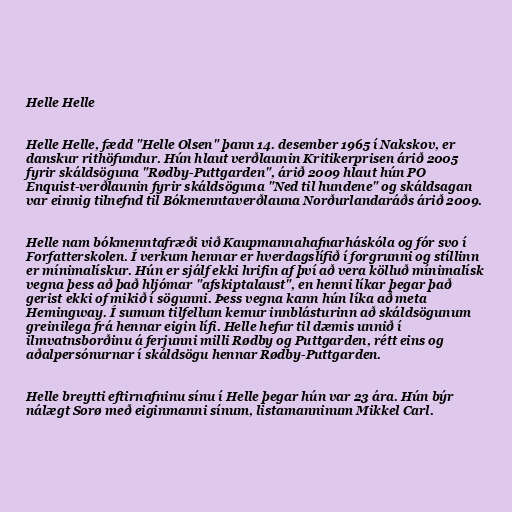
Helle Helle

Helle Helle, fædd "Helle Olsen" þann 14. desember 1965 í Nakskov, er
danskur rithöfundur. Hún hlaut verðlaunin Kritikerprisen árið 2005
fyrir skáldsöguna "Rødby-Puttgarden", árið 2009 hlaut hún PO
Enquist-verðlaunin fyrir skáldsöguna "Ned til hundene" og skáldsagan
var einnig tilnefnd til Bókmenntaverðlauna Norðurlandaráðs árið 2009.

Helle nam bókmenntafræði við Kaupmannahafnarháskóla og fór svo í
Forfatterskolen. Í verkum hennar er hverdagslífið í forgrunni og stíllinn
er mínimalískur. Hún er sjálf ekki hrifin af því að vera kölluð mínimalísk
vegna þess að það hljómar "afskiptalaust", en henni líkar þegar það
gerist ekki of mikið í sögunni. Þess vegna kann hún líka að meta
Hemingway. Í sumum tilfellum kemur innblásturinn að skáldsögunum
greinilega frá hennar eigin lífi. Helle hefur til dæmis unnið í
ilmvatnsborðinu á ferjunni milli Rødby og Puttgarden, rétt eins og
aðalpersónurnar í skáldsögu hennar Rødby-Puttgarden.

Helle breytti eftirnafninu sínu í Helle þegar hún var 23 ára. Hún býr
nálægt Sorø með eiginmanni sínum, listamanninum Mikkel Carl.